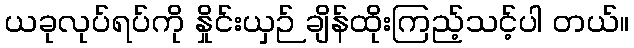
ယခုလုပ်ရပ်ကို နှိုင်းယှဉ် ချိန်ထိုးကြည့်သင့်ပါ တယ်။